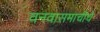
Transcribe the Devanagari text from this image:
वनवासमाचीचे